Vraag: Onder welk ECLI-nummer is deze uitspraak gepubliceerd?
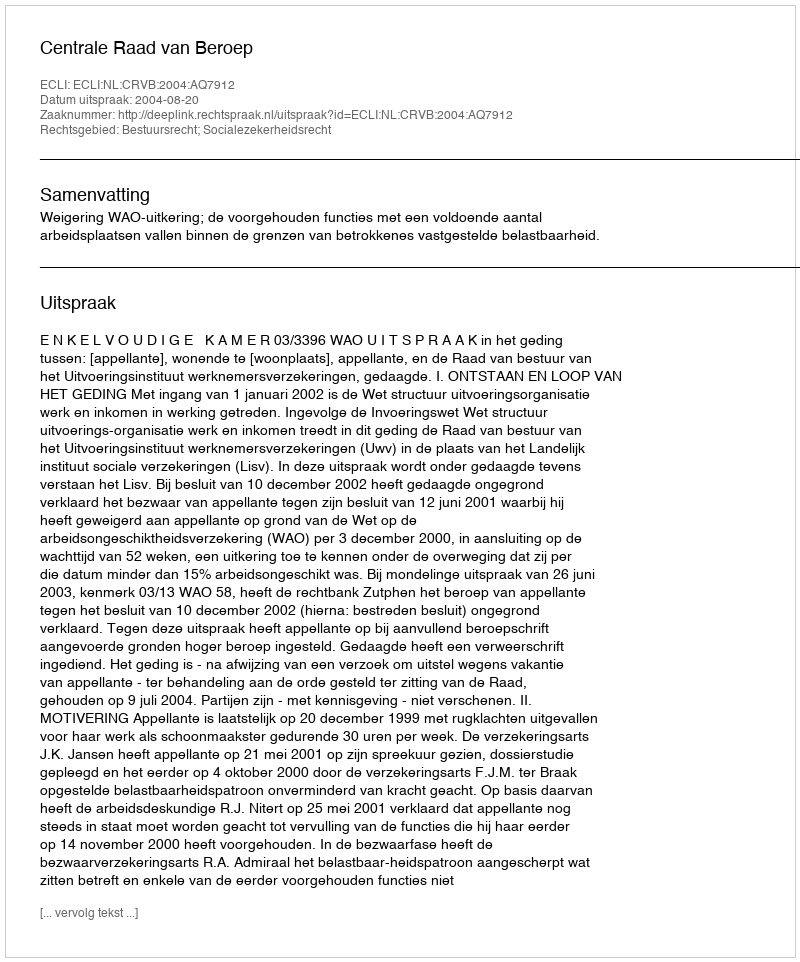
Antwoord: ECLI:NL:CRVB:2004:AQ7912